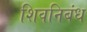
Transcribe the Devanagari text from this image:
शिवनिबंध